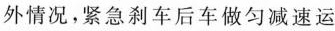
外情况，紧急刹车后车做匀减速运